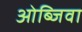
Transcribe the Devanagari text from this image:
ओब्जिवा